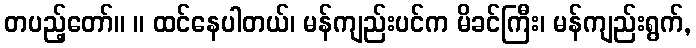
တပည့်တော်။ ။ ထင်နေပါတယ်၊ မန်ကျည်းပင်က မိခင်ကြီး၊ မန်ကျည်းရွက်,